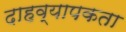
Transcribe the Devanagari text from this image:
दाहव्यापकता